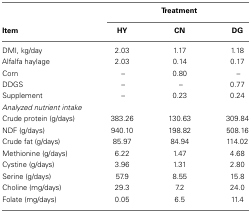
<table><thead><tr><td></td><td colspan="3"><b>Treatment</b></td></tr><tr><td><b>Item</b></td><td><b>HY</b></td><td><b>CN</b></td><td><b>DG</b></td></tr></thead><tbody><tr><td>DMI, kg/day</td><td>2.03</td><td>1.17</td><td>1.18</td></tr><tr><td>Alfalfa haylage</td><td>2.03</td><td>0.14</td><td>0.17</td></tr><tr><td>Corn</td><td>–</td><td>0.80</td><td>–</td></tr><tr><td>DDGS</td><td>–</td><td>–</td><td>0.77</td></tr><tr><td>Supplement</td><td>–</td><td>0.23</td><td>0.24</td></tr><tr><td><i>Analyzed nutrient intake</i></td><td></td><td></td><td></td></tr><tr><td>Crude protein (g/days)</td><td>383.26</td><td>130.63</td><td>309.84</td></tr><tr><td>NDF (g/days)</td><td>940.10</td><td>198.82</td><td>508.16</td></tr><tr><td>Crude fat (g/days)</td><td>85.97</td><td>84.94</td><td>114.02</td></tr><tr><td>Methionine (g/days)</td><td>6.22</td><td>1.47</td><td>4.68</td></tr><tr><td>Cystine (g/days)</td><td>3.96</td><td>1.31</td><td>2.80</td></tr><tr><td>Serine (g/days)</td><td>57.9</td><td>8.55</td><td>15.8</td></tr><tr><td>Choline (mg/days)</td><td>29.3</td><td>7.2</td><td>24.0</td></tr><tr><td>Folate (mg/days)</td><td>0.05</td><td>6.5</td><td>11.4</td></tr></tbody></table>